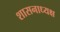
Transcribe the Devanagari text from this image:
शासनाध्‍यक्ष